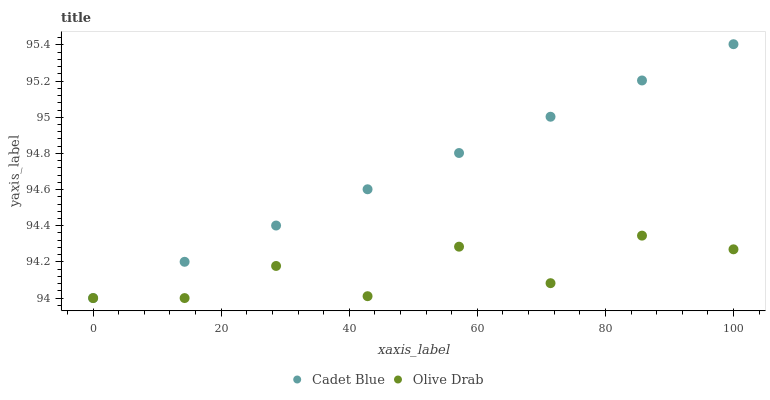
| xaxis_label | Cadet Blue | Olive Drab |
 | --- | --- | --- |
 | 0 | 94 | 94 |
 | 14.3 | 94.2 | 94 |
 | 28.6 | 94.4 | 94.2 |
 | 42.9 | 94.6 | 94 |
 | 57.1 | 94.8 | 94.3 |
 | 71.4 | 95 | 94.1 |
 | 85.7 | 95.2 | 94.3 |
 | 100 | 95.4 | 94.3 |